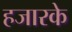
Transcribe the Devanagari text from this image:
हजारके